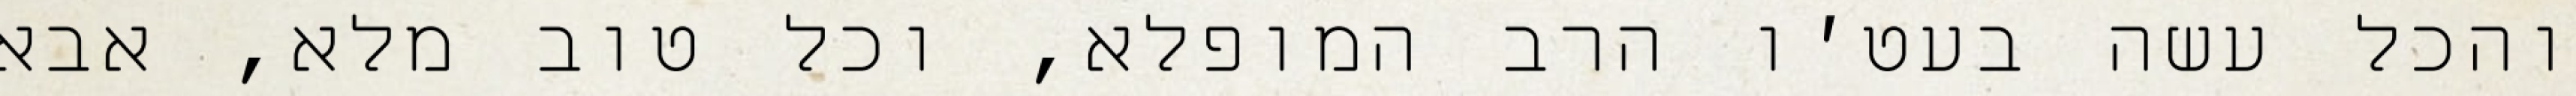
והכל עשה בעט׳ו הרב המופלא, וכל טוב מלא, אבא